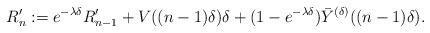
LaTeX: \begin{align*} R_n' := e^{- \lambda \delta }R_{n-1}' + V ((n-1) \delta ) \delta + ( 1 - e^{ - \lambda \delta}) \bar Y^{(\delta)}((n-1)\delta) . \end{align*}